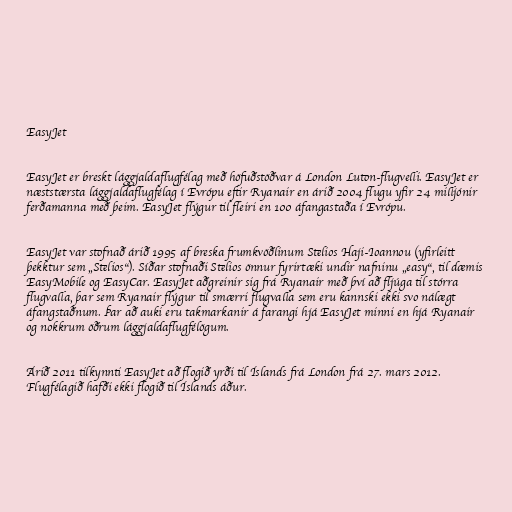
EasyJet

EasyJet er breskt lággjaldaflugfélag með höfuðstöðvar á London Luton-flugvelli. EasyJet er
næststærsta lággjaldaflugfélag í Evrópu eftir Ryanair en árið 2004 flugu yfir 24 milljónir
ferðamanna með þeim. EasyJet flýgur til fleiri en 100 áfangastaða í Evrópu.

EasyJet var stofnað árið 1995 af breska frumkvöðlinum Stelios Haji-Ioannou (yfirleitt
þekktur sem „Stelios“). Síðar stofnaði Stelios önnur fyrirtæki undir nafninu „easy“, til dæmis
EasyMobile og EasyCar. EasyJet aðgreinir sig frá Ryanair með því að fljúga til stórra
flugvalla, þar sem Ryanair flýgur til smærri flugvalla sem eru kannski ekki svo nálægt
áfangstaðnum. Þar að auki eru takmarkanir á farangi hjá EasyJet minni en hjá Ryanair
og nokkrum öðrum lággjaldaflugfélögum.

Árið 2011 tilkynnti EasyJet að flogið yrði til Íslands frá London frá 27. mars 2012.
Flugfélagið hafði ekki flogið til Íslands áður.